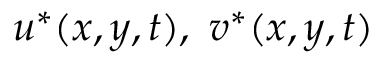
u ^ { * } ( x , y , t ) , \ v ^ { * } ( x , y , t )